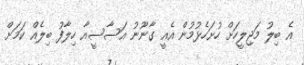
އެ ބިލު މަޖިލީހަށް ހުށަހެޅުމުން އެއީ ގާނޫނު އަސާސީއާ ހިލާފު ބިލެއް ކަމަށް